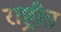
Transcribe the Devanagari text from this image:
राष्ट्रीय़